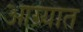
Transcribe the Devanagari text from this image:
आग्र्यात